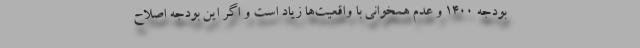
بودجه 1400 و عدم همخوانی با واقعیت‌ها زیاد است و اگر این بودجه اصلاح